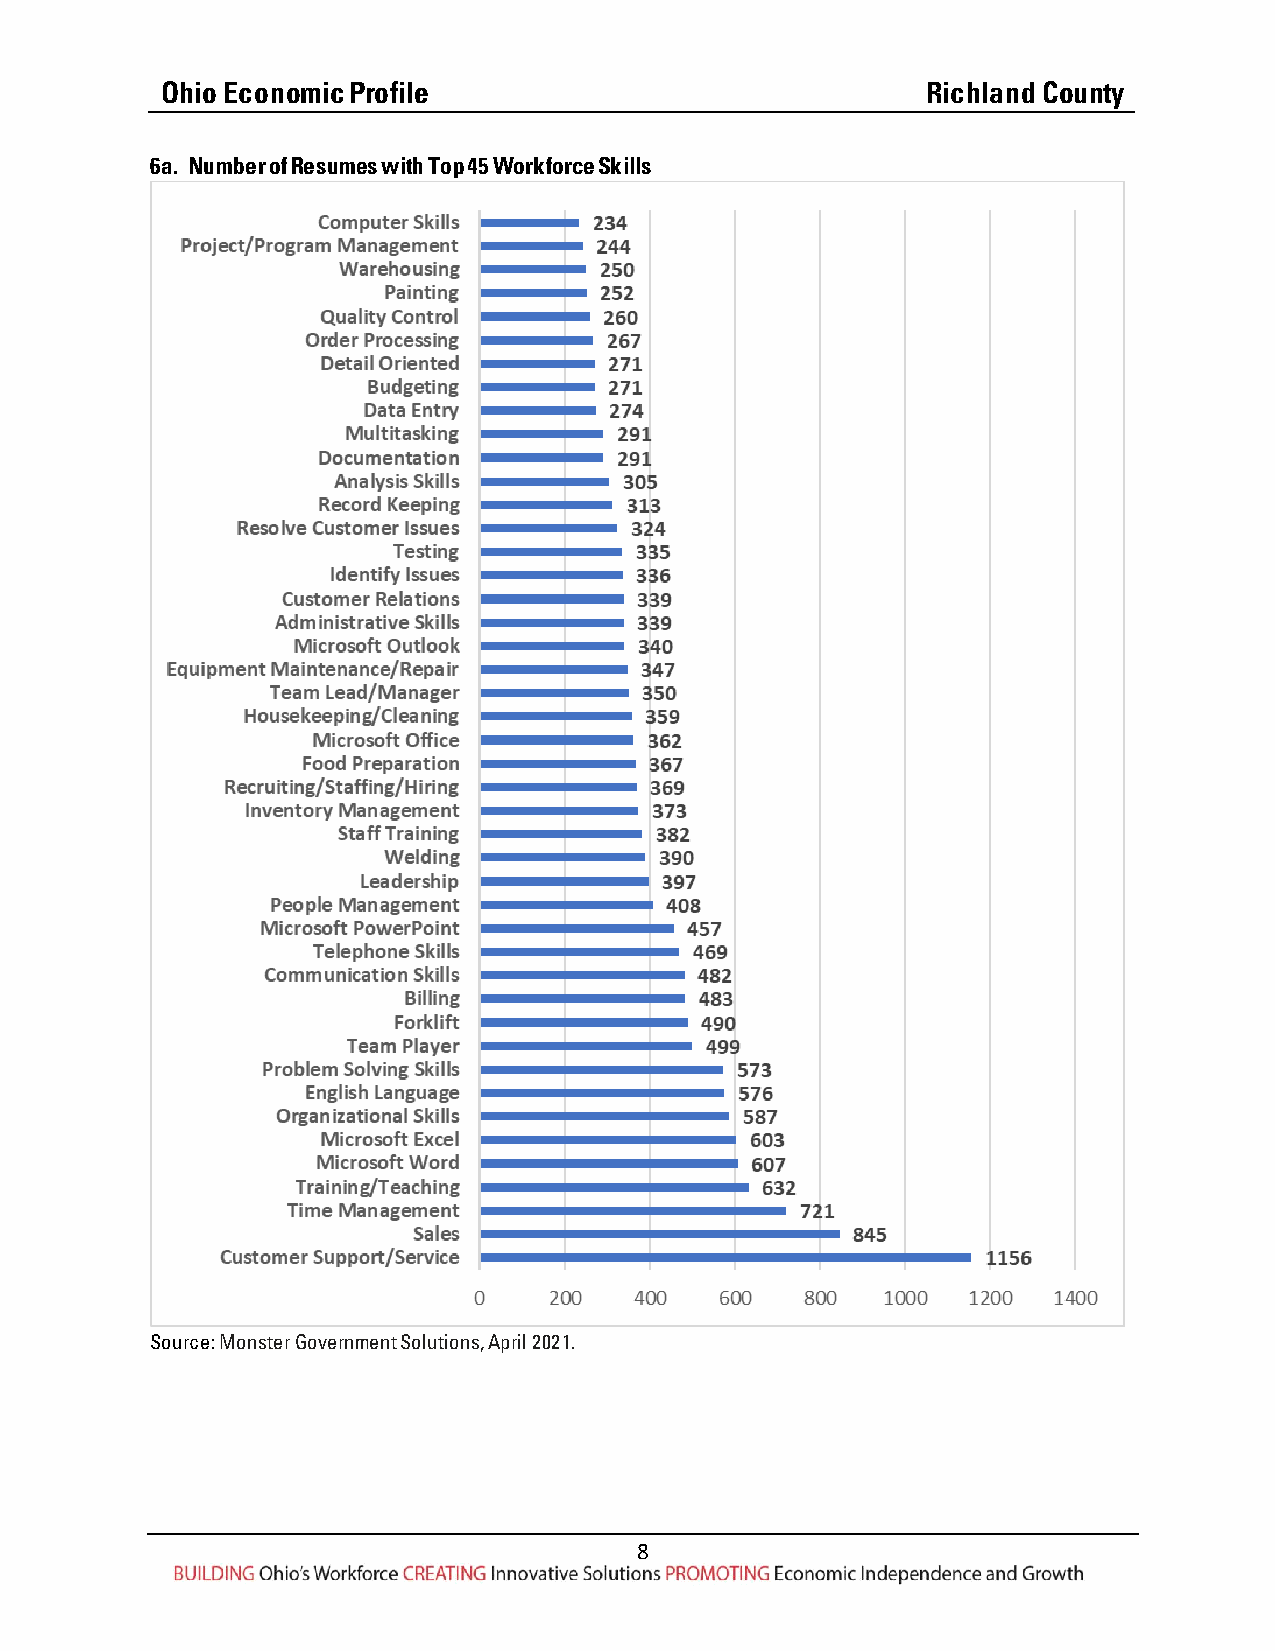
Ohio Economic Profile                             Richland County
 6a. Number of Resumes with Top 45 Workforce Skills
 Source: Monster Government Solutions, April 2021.
 8